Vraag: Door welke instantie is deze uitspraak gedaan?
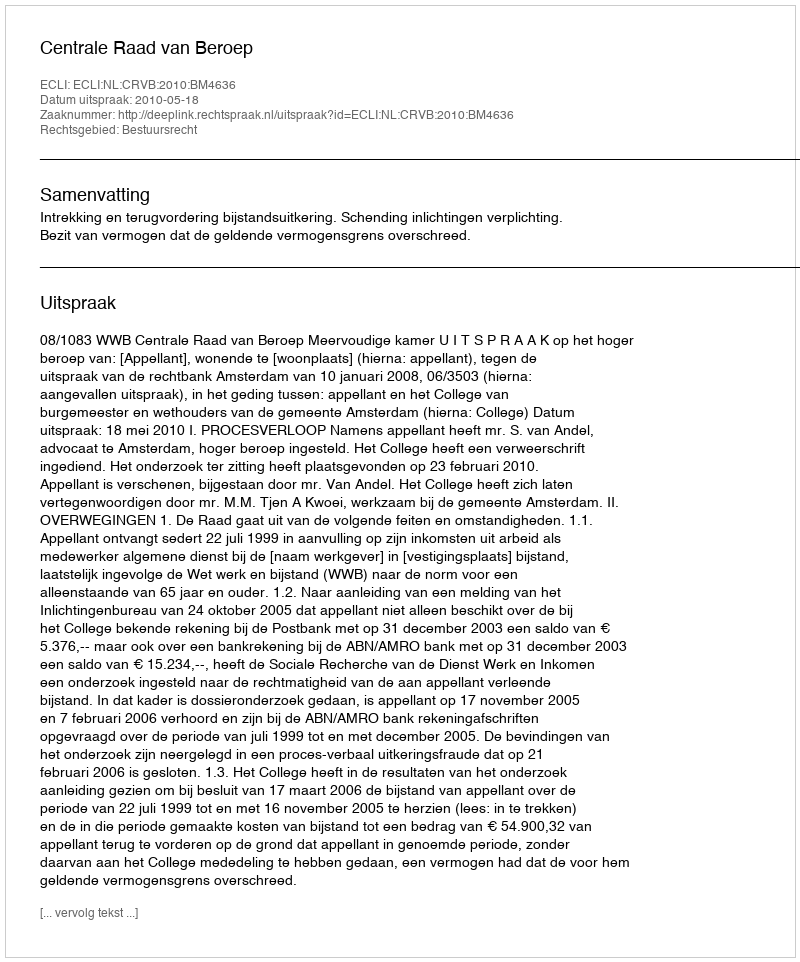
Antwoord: Centrale Raad van Beroep